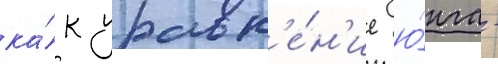
ка́к уравн'е́н'ие ю́нга -